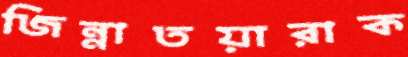
জিন্নাতয়ারাক